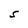
Character: S